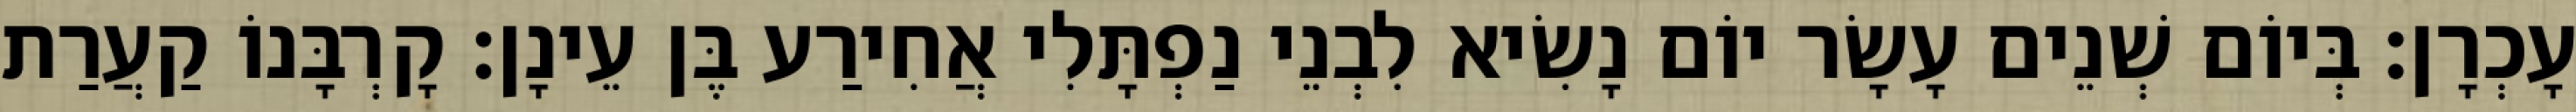
עָכְרָן׃ בְּיוֹם שְׁנֵים עָשָׂר יוֹם נָשִׂיא לִבְנֵי נַפְתָּלִי אֲחִירַע בֶּן עֵינָן׃ קָרְבָּנוֹ קַעֲרַת